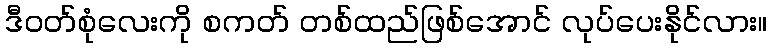
ဒီဝတ်စုံလေးကို စကတ် တစ်ထည်ဖြစ်အောင် လုပ်ပေးနိုင်လား။